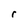
Character: r